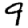
Digit: 9